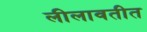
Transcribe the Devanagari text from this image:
लीलावतीत